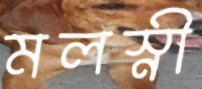
মলস্নী